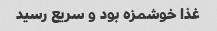
غذا خوشمزه بود و سریع رسید